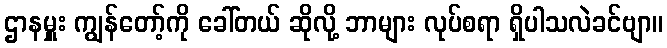
ဌာနမှူး ကျွန်တော့်ကို ခေါ်တယ် ဆိုလို့ ဘာများ လုပ်စရာ ရှိပါသလဲခင်ဗျာ။